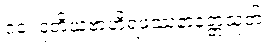
၁၀၊ ဒုတိယဗာဟိရဖဿနာနတ္တသုတ်